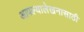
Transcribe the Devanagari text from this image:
आपल्यालेखनासाठी